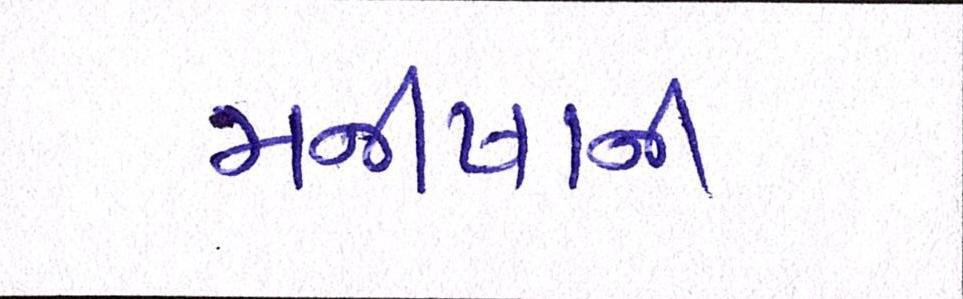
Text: મનીષાની